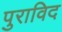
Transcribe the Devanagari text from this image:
पुराविद